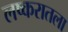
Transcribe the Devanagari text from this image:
लष्करातला